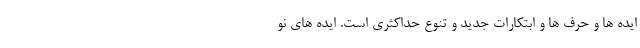
ایده ها و حرف ها و ابتکارات جدید و تنوع حداکثری است. ایده های نو